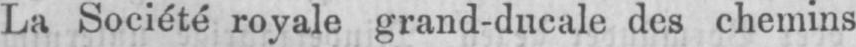
La Société royale grand-ducale des chemins